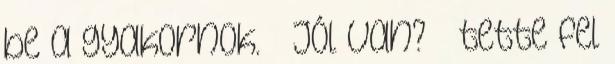
be a gyakornok. – Jól van? – tette fel